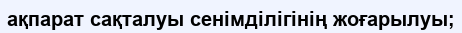
ақпарат сақталуы сенімділігінің жоғарылуы;